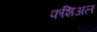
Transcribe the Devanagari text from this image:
फशिअल